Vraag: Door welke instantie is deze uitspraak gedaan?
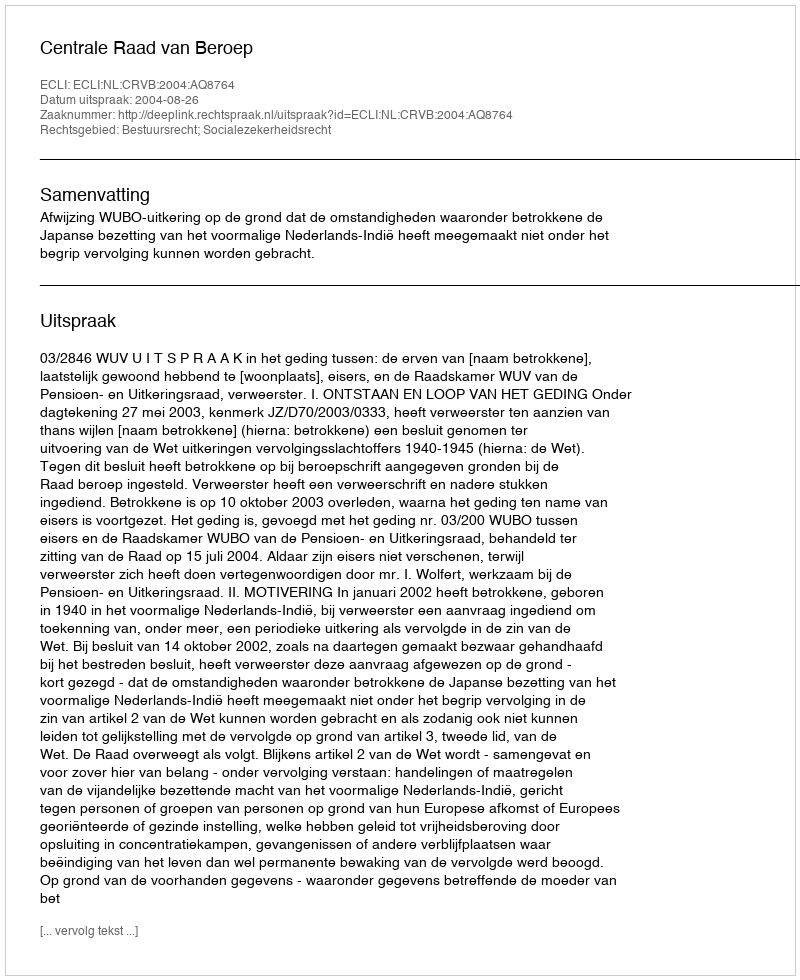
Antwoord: Centrale Raad van Beroep